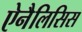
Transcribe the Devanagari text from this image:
ऐनैलिसिस